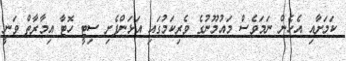
ކަމަށާއި އެހެން ނަމަވެސް މައުމޫނުގެ ވެރިކަމުގައި އަޅަންފެށި ސިޓީ ހޮޓާ އިމާރާތް ވަނީ